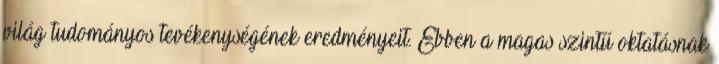
világ tudományos tevékenységének eredményeit. Ebben a magas szintű oktatásnak